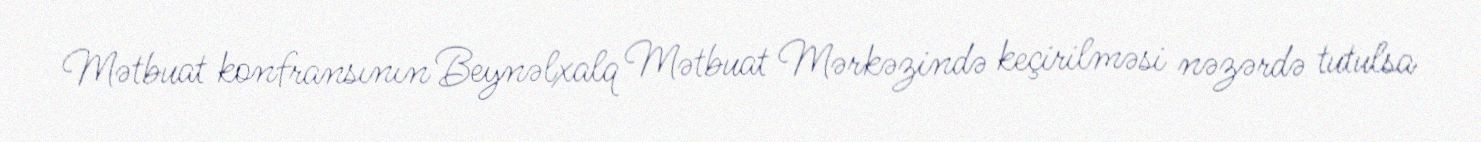
Mətbuat konfransının Beynəlxalq Mətbuat Mərkəzində keçirilməsi nəzərdə tutulsa